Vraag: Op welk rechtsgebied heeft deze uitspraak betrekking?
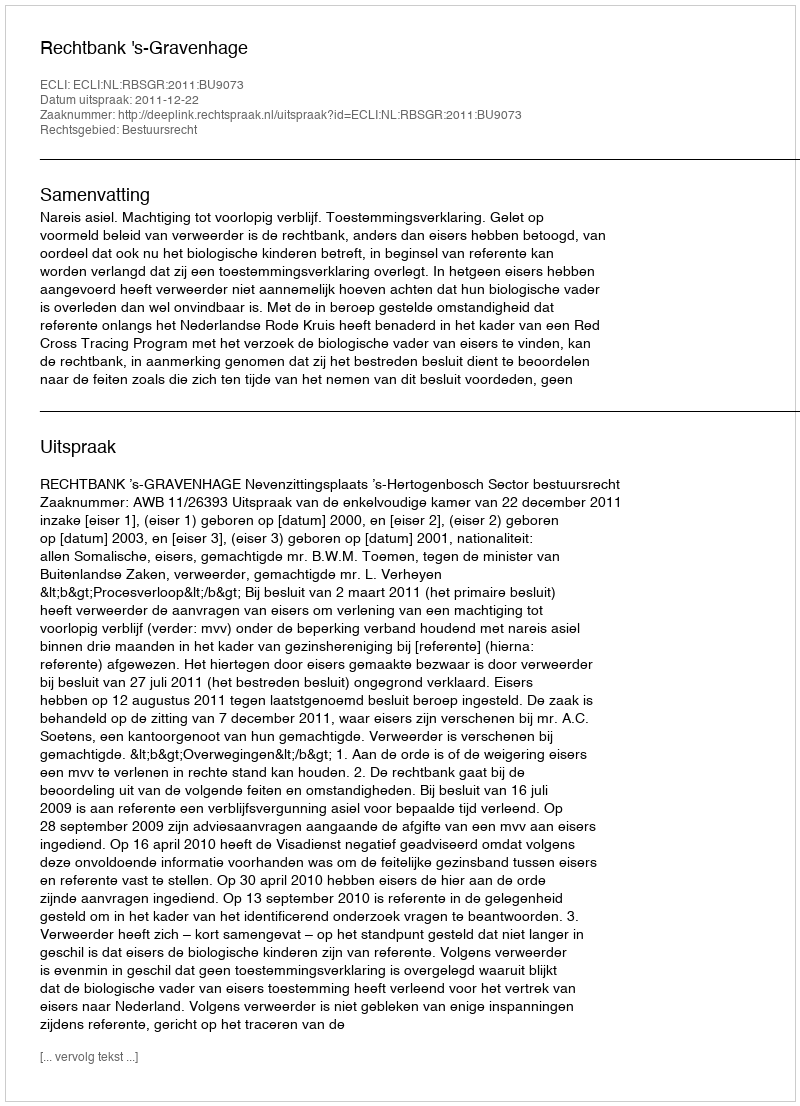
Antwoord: Bestuursrecht